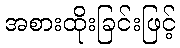
အစားထိုးခြင်းဖြင့်